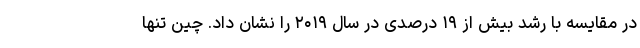
در مقایسه با رشد بیش از ۱۹ درصدی در سال ۲۰۱۹ را نشان داد. چین تنها